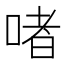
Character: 啫